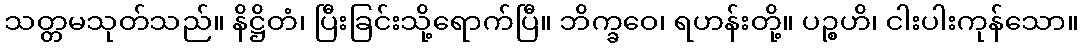
သတ္တမသုတ်သည်။ နိဋ္ဌိတံ၊ ပြီးခြင်းသို့ရောက်ပြီ။ ဘိက္ခဝေ၊ ရဟန်းတို့။ ပဉ္စဟိ၊ ငါးပါးကုန်သော။